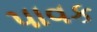
પાવક